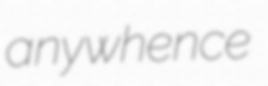
anywhence